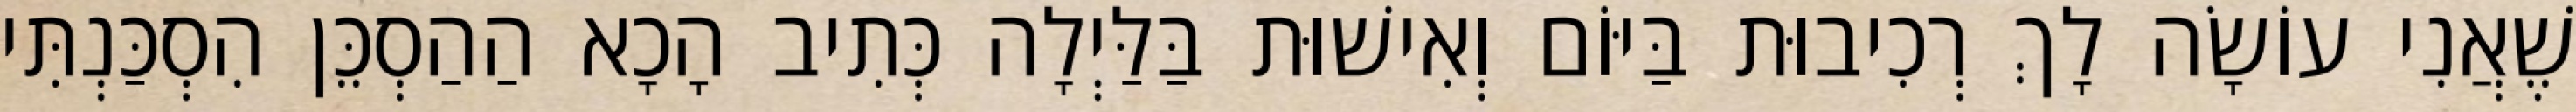
שֶׁאֲנִי עוֹשָׂה לָךְ רְכִיבוּת בַּיּוֹם וְאִישׁוּת בַּלַּיְלָה כְּתִיב הָכָא הַהַסְכֵּן הִסְכַּנְתִּי